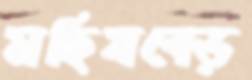
মহিষবেড়